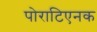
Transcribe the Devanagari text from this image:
पोराटिएनक